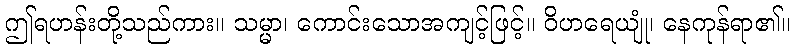
ဤရဟန်းတို့သည်ကား။ သမ္မာ၊ ကောင်းသောအကျင့်ဖြင့်။ ဝိဟရေယျုံ၊ နေကုန်ရာ၏။